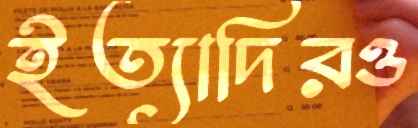
ইত্যাদিরও